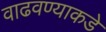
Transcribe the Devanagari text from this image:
वाढवण्याकडे